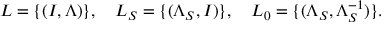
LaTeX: L = \{ ( I , \Lambda ) \} , \quad L _ { S } = \{ ( \Lambda _ { S } , I ) \} , \quad L _ { 0 } = \{ ( \Lambda _ { S } , \Lambda _ { S } ^ { - 1 } ) \} .